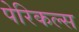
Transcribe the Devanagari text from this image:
पेरिकल्स